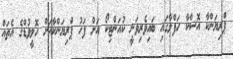
ޕްރިޔަންކާ އޮސްކާ ހަފްލާގައި ބައިވެރިވަނީ ކުއަންޓިކޯ އަށް ފަހު ޕްރިޔަންކާއަށް ހޮލީވުޑްގެ އެތައް